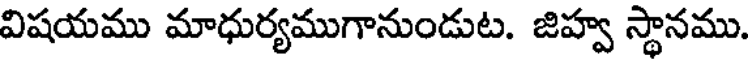
విషయము మాధుర్యముగానుండుట. జిహ్వ స్థానము.